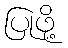
ပြုဖို့